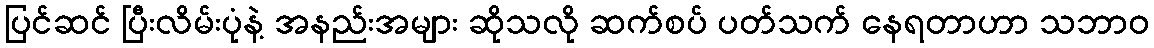
ပြင်ဆင် ပြီးလိမ်းပုံနဲ့ အနည်းအများ ဆိုသလို ဆက်စပ် ပတ်သက် နေရတာဟာ သဘာဝ